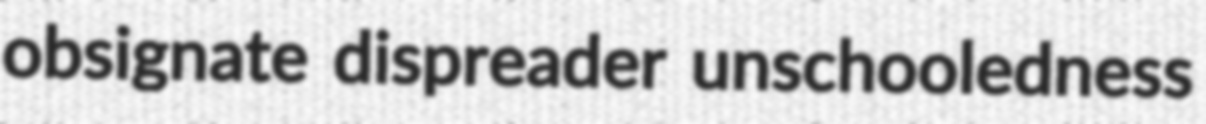
obsignate dispreader unschooledness